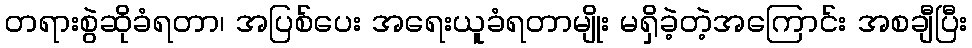
တရားစွဲဆိုခံရတာ၊ အပြစ်ပေး အရေးယူခံရတာမျိုး မရှိခဲ့တဲ့အကြောင်း အစချီပြီး